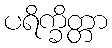
ပရိက္ခိတ္တာ